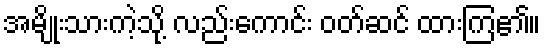
အမျိုးသားကဲ့သို့ လည်းကောင်း ဝတ်ဆင် ထားကြ၏။